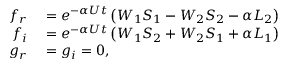
\begin{array} { r l } { f _ { r } } & { { } = e ^ { - \alpha U t } \left( W _ { 1 } S _ { 1 } - W _ { 2 } S _ { 2 } - \alpha L _ { 2 } \right) } \\ { f _ { i } } & { { } = e ^ { - \alpha U t } \left( W _ { 1 } S _ { 2 } + W _ { 2 } S _ { 1 } + \alpha L _ { 1 } \right) } \\ { g _ { r } } & { { } = g _ { i } = 0 , } \end{array}